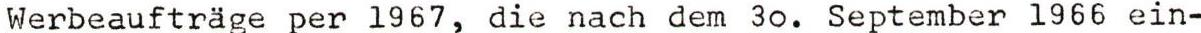
Werbeaufträge per 1967, die nach dem 30. September 1966 ein-